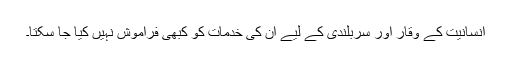
انسانیت کے وقار اور سربلندی کے لیے ان کی خدمات کو کبھی فراموش نہیں کیا جا سکتا۔